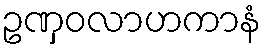
ဥဏှဝလာဟကာနံ